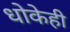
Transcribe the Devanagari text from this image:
धोकेही